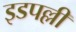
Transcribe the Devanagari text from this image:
इडपल्ली